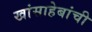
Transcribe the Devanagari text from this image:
खांसाहेबांची